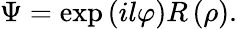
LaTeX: \Psi=\exp\left(il\varphi\right)R\left(\rho\right).